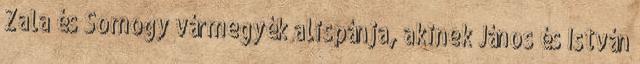
Zala és Somogy vármegyék alispánja, akinek János és István